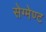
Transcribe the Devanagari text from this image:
सेग्मेण्ट